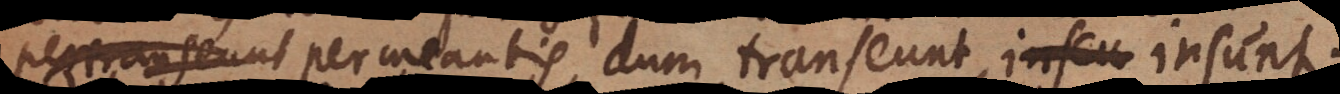
pertranseunt permeantis dum transeunt, inscu insunt.